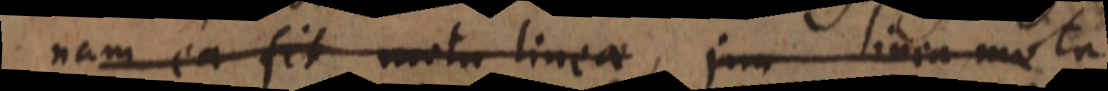
nam ea fit motu lineae, jam linea motu